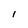
Character: l